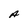
Character: A